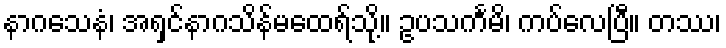
နာဂသေနံ၊ အရှင်နာဂသိန်မထေရ်သို့။ ဥပသင်္ကမိ၊ ကပ်လေပြီ။ တဿ၊